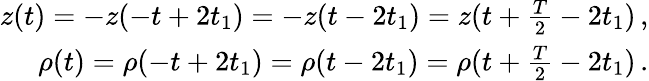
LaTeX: \begin{array}{r}{z(t)=-z(-t+2t_{1})=-z(t-2t_{1})=z(t+\frac{T}{2}-2t_{1})\, ,}\\ {\rho(t)=\rho(-t+2t_{1})=\rho(t-2t_{1})=\rho(t+\frac{T}{2}-2t_{1})\, .}\end{array}